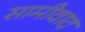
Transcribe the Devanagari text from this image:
सामीवाद